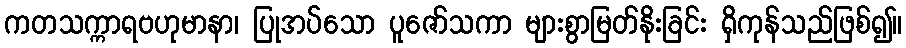
ကတသက္ကာရဗဟုမာနာ၊ ပြုအပ်သော ပူဇော်သကာ များစွာမြတ်နိုးခြင်း ရှိကုန်သည်ဖြစ်၍။